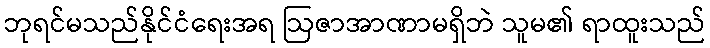
ဘုရင်မသည်နိုင်ငံရေးအရ ဩဇာအာဏာမရှိဘဲ သူမ၏ ရာထူးသည်